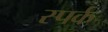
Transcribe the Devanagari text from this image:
स्पर्क